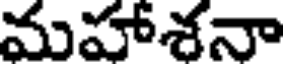
మహాశనా